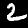
Digit: 2